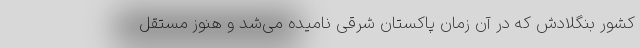
کشور بنگلادش که در آن زمان پاکستان شرقی نامیده می‌شد و هنوز مستقل